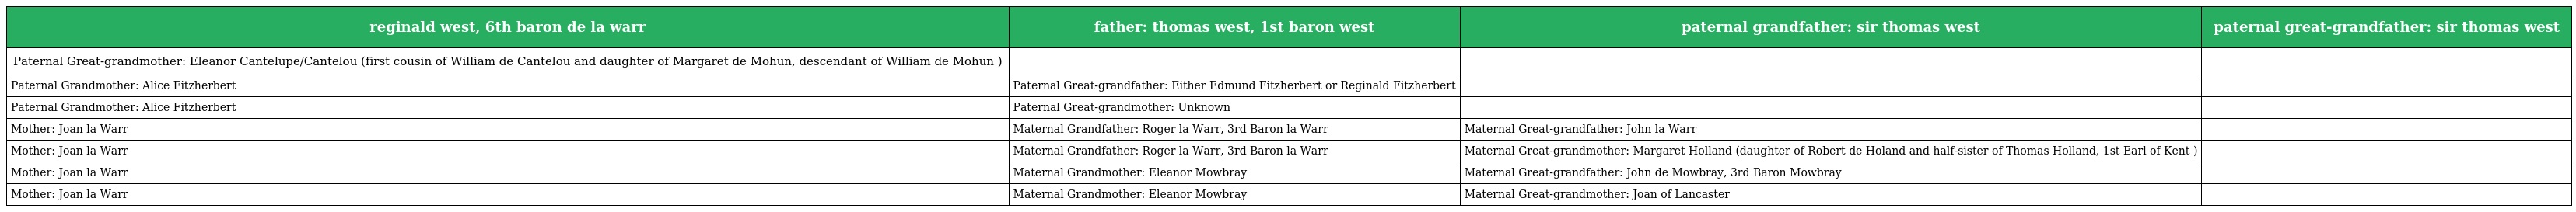
| reginald west, 6th baron de la warr | father: thomas west, 1st baron west | paternal grandfather: sir thomas west | paternal great-grandfather: sir thomas west |
 | --- | --- | --- | --- |
 | Paternal Great-grandmother: Eleanor Cantelupe/Cantelou (first cousin of William de Cantelou and daughter of Margaret de Mohun, descendant of William de Mohun ) |  |  |  |
 | Paternal Grandmother: Alice Fitzherbert | Paternal Great-grandfather: Either Edmund Fitzherbert or Reginald Fitzherbert |  |  |
 | Paternal Grandmother: Alice Fitzherbert | Paternal Great-grandmother: Unknown |  |  |
 | Mother: Joan la Warr | Maternal Grandfather: Roger la Warr, 3rd Baron la Warr | Maternal Great-grandfather: John la Warr |  |
 | Mother: Joan la Warr | Maternal Grandfather: Roger la Warr, 3rd Baron la Warr | Maternal Great-grandmother: Margaret Holland (daughter of Robert de Holand and half-sister of Thomas Holland, 1st Earl of Kent ) |  |
 | Mother: Joan la Warr | Maternal Grandmother: Eleanor Mowbray | Maternal Great-grandfather: John de Mowbray, 3rd Baron Mowbray |  |
 | Mother: Joan la Warr | Maternal Grandmother: Eleanor Mowbray | Maternal Great-grandmother: Joan of Lancaster |  |